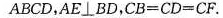
ABCD, AE\perpBD,CB = CD = CF.